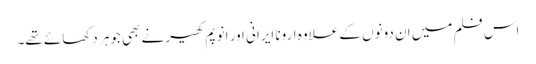
اس فلم میں ان دونوں کے علاوہ ارونا ایرانی اور انوپم کھیر نے بھی جوہر دکھائے تھے۔